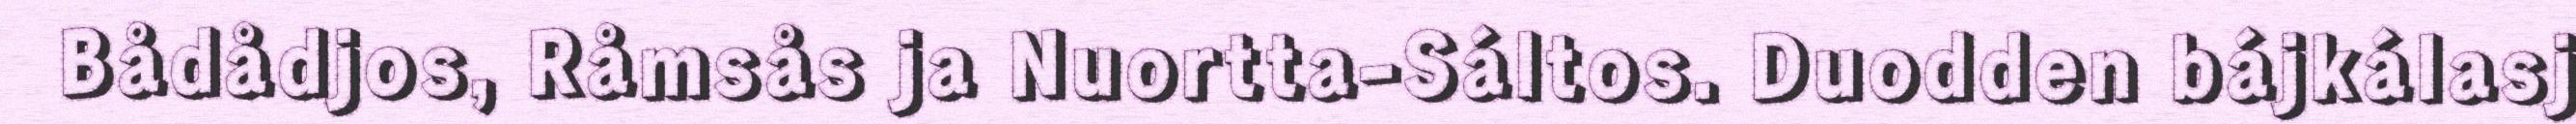
Bådådjos, Råmsås ja Nuortta-Sáltos. Duodden bájkálasj